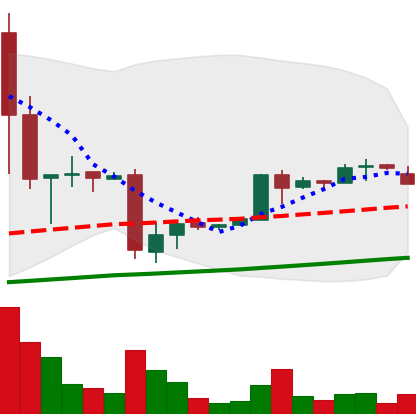
Ticker: BTC-USD
Chart end date: 2017-01-24
Forward return: 3.003%
Label: up_3_5